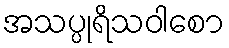
အသပ္ပုရိသဝါစော